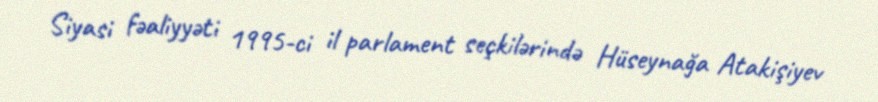
Siyasi fəaliyyəti 1995-ci il parlament seçkilərində Hüseynağa Atakişiyev